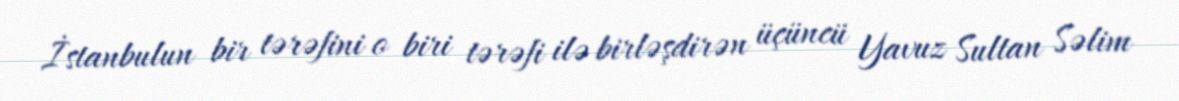
İstanbulun bir tərəfini o biri tərəfi ilə birləşdirən üçüncü Yavuz Sultan Səlim